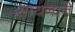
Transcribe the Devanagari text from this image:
सायनाने